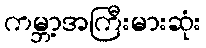
ကမ္ဘာ့အကြီးမားဆုံး